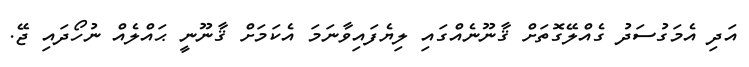
އަދި އެމަގުސަދު ގެއްލޭގޮތަށް ޤާނޫނެއްގައި ލިޔެފައިވާނަމަ އެކަމަށް ޤާނޫނީ ޙައްލެއް ނުހޯދައި ޖޭ.